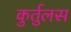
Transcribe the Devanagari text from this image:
कुर्तुलस